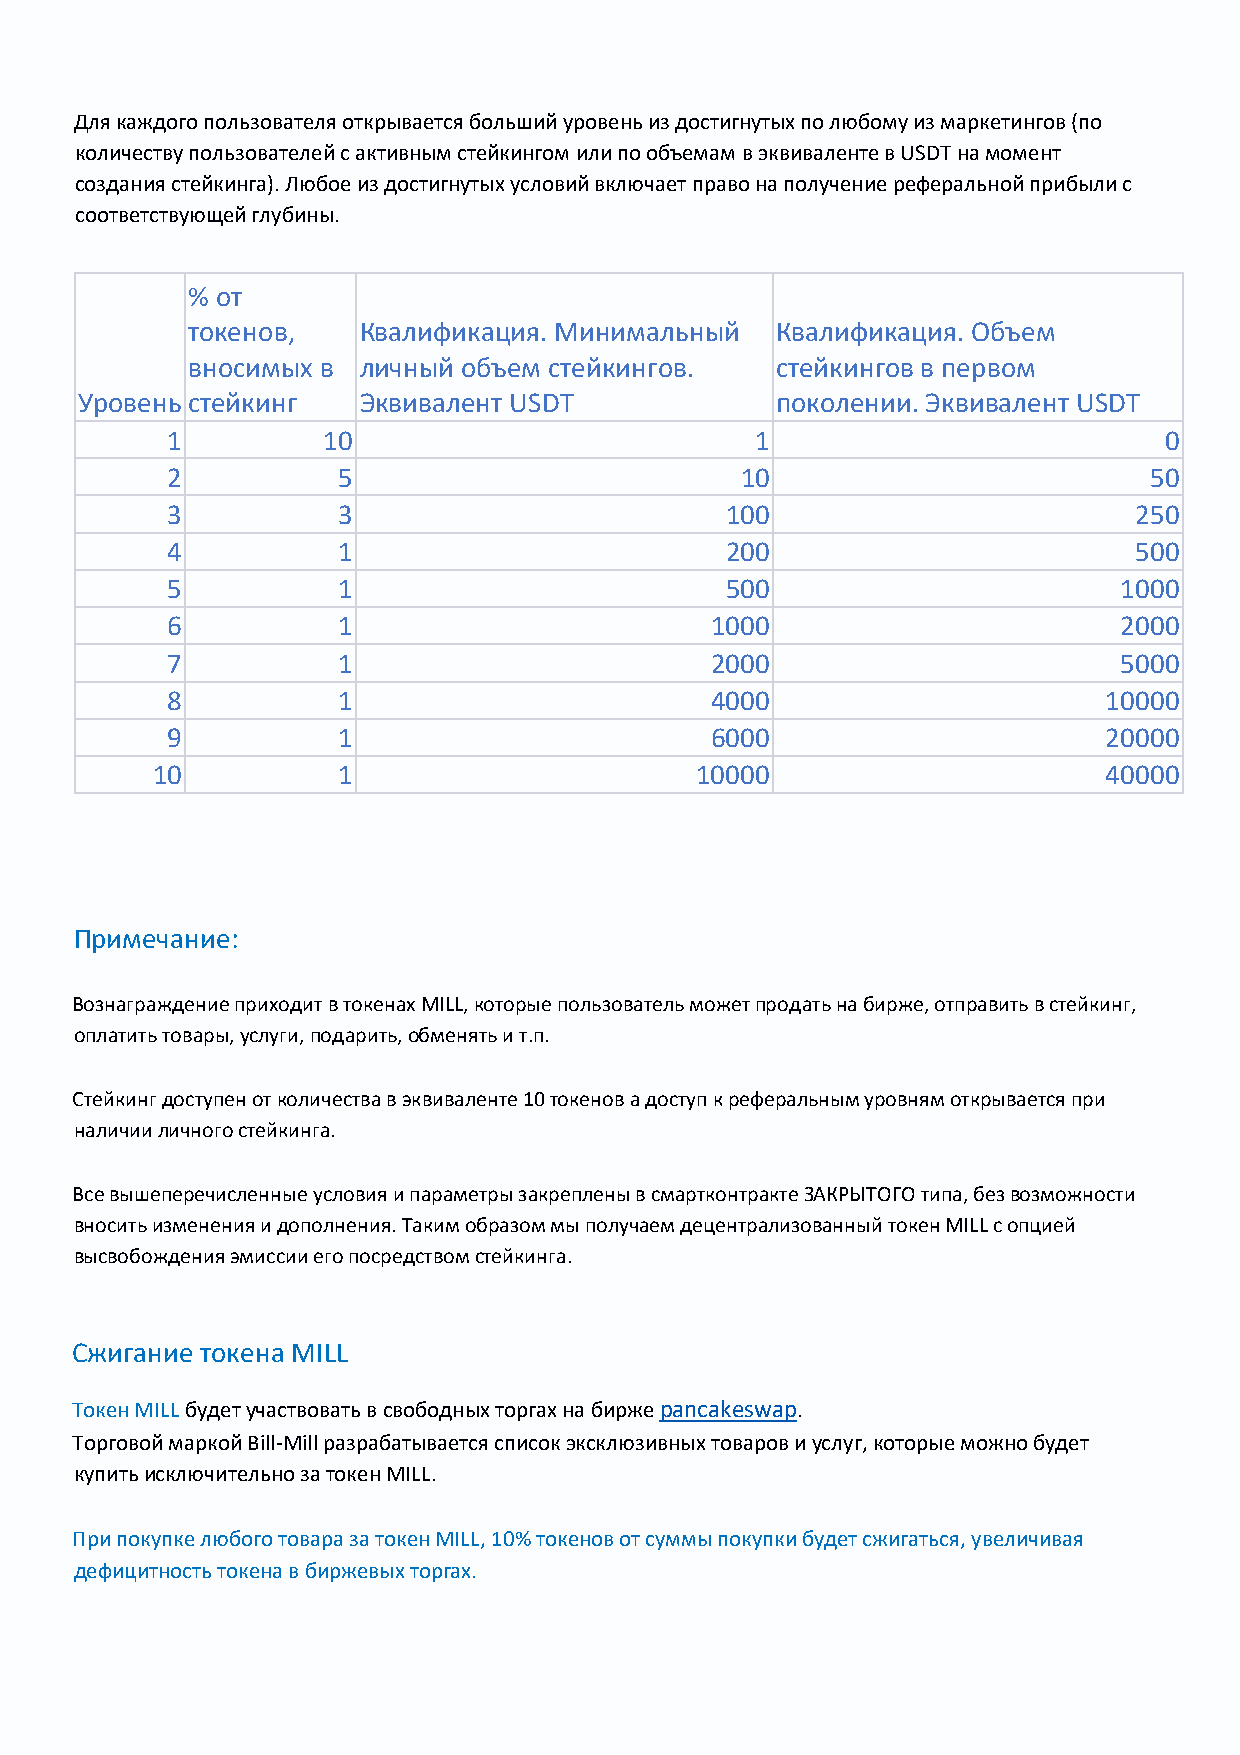
Для каждого пользователя открывается больший уровень из достигнутых по любому из маркетингов (по
 количеству пользователей с активным стейкингом или по объемам в эквиваленте в USDT на момент
 создания стейкинга). Любое из достигнутых условий включает право на получение реферальной прибыли с
 соответствующей глубины.
 % от
 токенов,    Квалификация. Минимальный  Квалификация. Объем
 вносимых в  личный объем стейкингов.   стейкингов в первом
 Уровень стейкинг   Эквивалент USDT            поколении. Эквивалент USDT
 1         10                           1                          0
 2          5                          10                         50
 3          3                         100                        250
 4          1                         200                        500
 5          1                         500                       1000
 6          1                        1000                       2000
 7          1                        2000                       5000
 8          1                        4000                      10000
 9          1                        6000                      20000
 10          1                       10000                      40000
 Примечание:
 Вознаграждение приходит в токенах MILL, которые пользователь может продать на бирже, отправить в стейкинг,
 оплатить товары, услуги, подарить, обменять и т.п.
 Стейкинг доступен от количества в эквиваленте 10 токенов а доступ к реферальным уровням открывается при
 наличии личного стейкинга.
 Все вышеперечисленные условия и параметры закреплены в смартконтракте ЗАКРЫТОГО типа, без возможности
 вносить изменения и дополнения. Таким образом мы получаем децентрализованный токен MILL с опцией
 высвобождения эмиссии его посредством стейкинга.
 Сжигание токена MILL
 Токен MILL будет участвовать в свободных торгах на бирже pancakeswap.
 Торговой маркой Bill-Mill разрабатывается список эксклюзивных товаров и услуг, которые можно будет
 купить исключительно за токен MILL.
 При покупке любого товара за токен MILL, 10% токенов от суммы покупки будет сжигаться, увеличивая
 дефицитность токена в биржевых торгах.